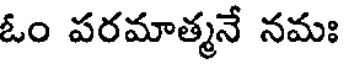
ఓం పరమాత్మనే నమః